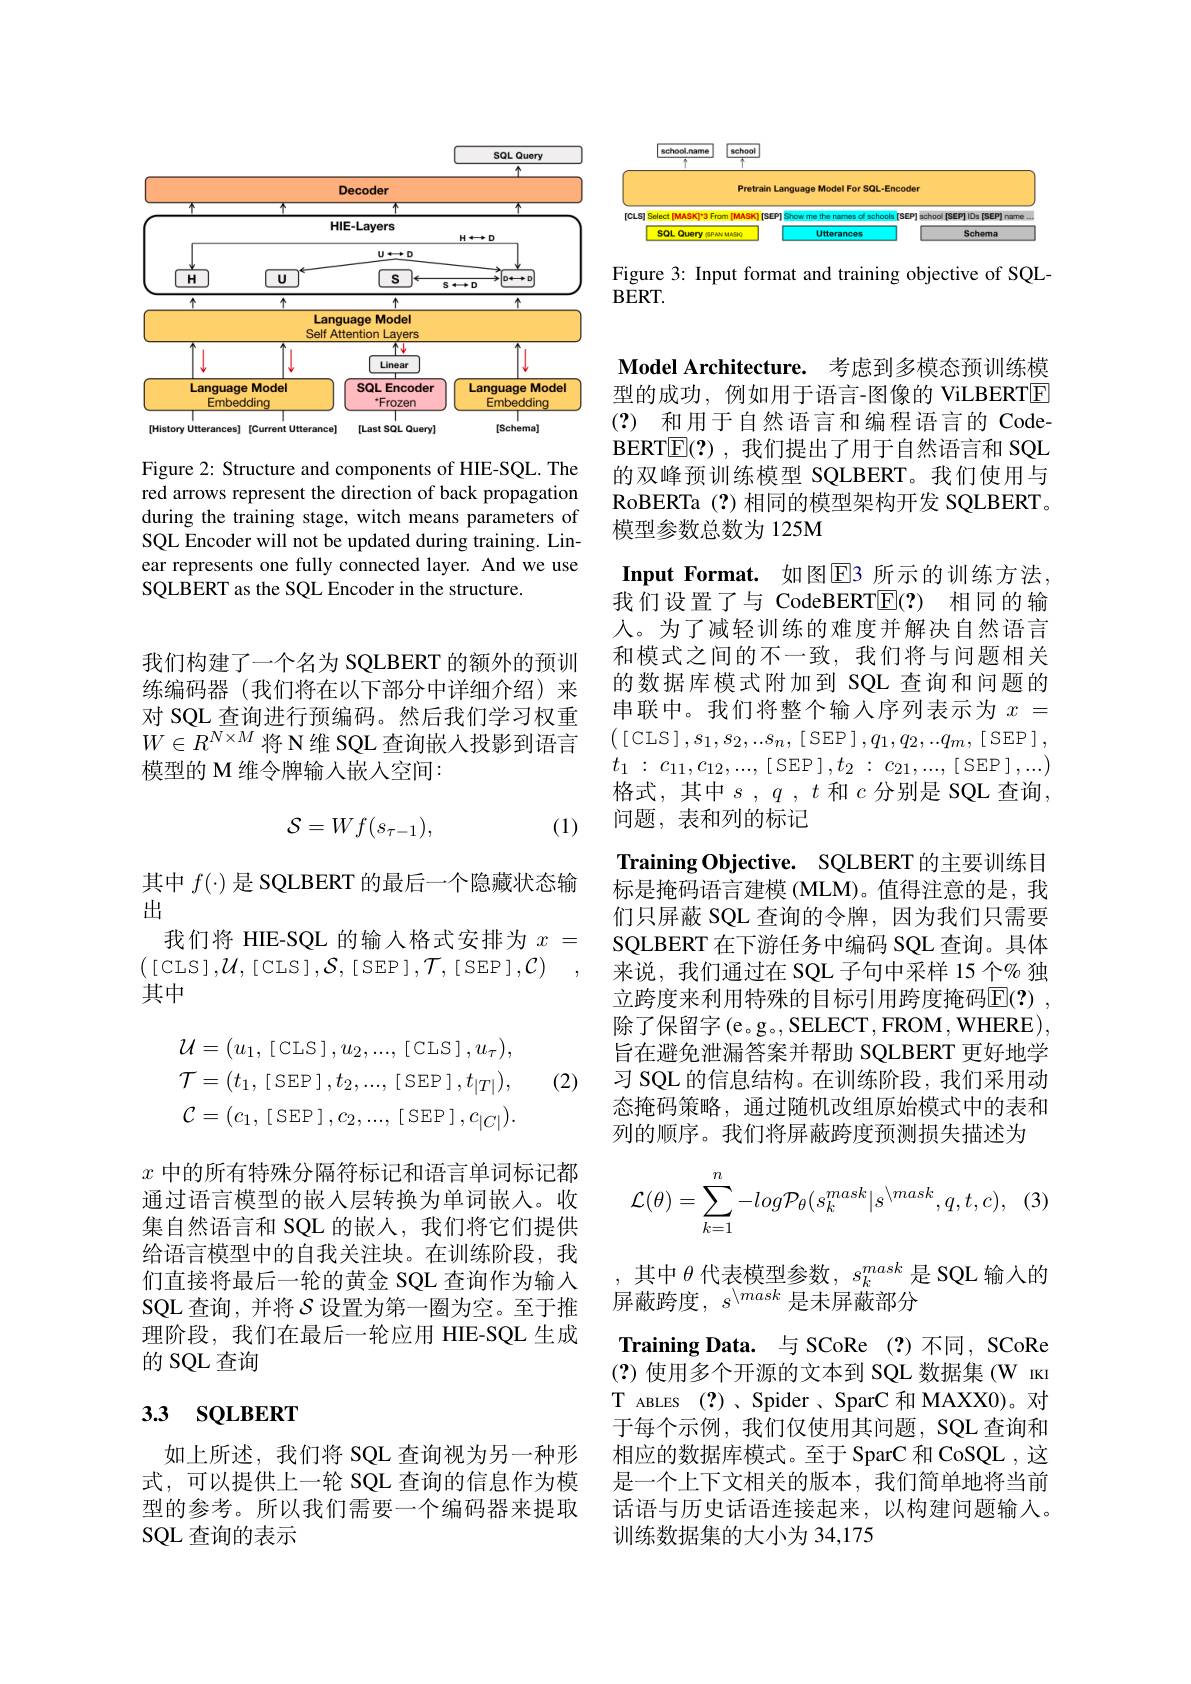
<FigureHere>

Figure 2: Structure and components of HIE-SQL. The red arrows represent the direction of back propagation during the training stage, witch means parameters of SQL Encoder will not be updated during training. Linear represents one fully connected layer. And we use SQLBERT as the SQL Encoder in the structure.

我们构建了一个名为 SQLBERT 的额外的预训练编码器 (我们将在以下部分中详细介绍)来对 SQL 查询进行预编码。然后我们学习权重$W\in R^{N\times M}$将 N维 SQL 查询嵌入投影到语言模型的 M 维令牌输入嵌人空间：

(1)
$$\mathcal{S}=Wf(s_{\tau-1}),$$
其中$f(\cdot)$是 SQLBERT 的最后一个隐藏状态输
出
我们将 HIE-SQL 的输入格式安排为$x=$
$\left([\operatorname{CLS}],\mathcal{U},[\operatorname{CLS}],\mathcal{S},[\operatorname{SEP}],\mathcal{T},[\operatorname{SEP}],\mathcal{C}\right)$
其中

(2)
$$\mathcal{U}=(u_{1},\:[\:\mathrm{CLS}\:],u_{2},...,\:[\:\mathrm{CLS}\:],u_{\tau}),\\\mathcal{T}=(t_{1},\:[\:\mathrm{SEP}\:],t_{2},...,\:[\:\mathrm{SEP}\:],t_{|T|}),\\\mathcal{C}=(c_{1},\:[\:\mathrm{SEP}\:],c_{2},...,\:[\:\mathrm{SEP}\:],c_{|C|}).$$
$x$中的所有特殊分隔符标记和语言单词标记都通过语言模型的嵌入层转换为单词嵌入。收集自然语言和 SQL 的嵌入，我们将它们提供给语言模型中的自我关注块。在训练阶段，我们直接将最后一轮的黄金 SQL 查询作为输入SQL 查询，并将$\mathcal{S}$设置为第一圈为空。至于推理阶段，我们在最后一轮应用 HIE-SQL 生成的 SQL 查询

# 3.3 sQLBERT

如上所述，我们将 SQL 查询视为另一种形式，可以提供上一轮 SQL 查询的信息作为模型的参考。所以我们需要一个编码器来提取SQL 查询的表示

<FigureHere>

Figure 3: Input format and training objective of SQL-
$BERT.$

Model Architecture. 考虑到多模态预训练模型的成功，例如用于语言-图像的 ViLBERTE (?) 和用于自然语言和编程语言的 CodeBERT$\mathbb{E}(?)$ ,我们提出了用于自然语言和 SQL 的双峰预训练模型 SQLBERT。我们使用与RoBERTa (?)相同的模型架构开发 SQLBERT。模型参数总数为 125M

Input Format. 如图E3 所示的训练方法， 我们设置了与 CodeBERT$\mathbb{E} ( ? )$ 相同的输人。为了减轻训练的难度并解决自然语言和模式之间的不一致，我们将与问题相关的数据库模式附加到 SQL 查询和问题的串联中。我们将整个输入序列表示为$x=$ $\left([\mathrm{CLS}],s_{1},s_{2},..s_{n},[\mathrm{SEP}],q_{1},q_{2},..q_{m},[\mathrm{SEP}],\right.$ $t_{1}$ : $c_{11}, c_{12}, . . . $, [ SEP $] , t_{2}$ : $c_{21}, . . . $, [ SEP ] ,...) 格式，其中$s,q,t$ 和$c$ 分别是 SQL 查询， 问题，表和列的标记
Training Objective. SQLBERT 的主要训练目标是掩码语言建模 (MLM)。值得注意的是，我们只屏蔽 SQL 查询的令牌，因为我们只需要SQLBERT 在下游任务中编码 SQL 查询。具体来说，我们通过在 SQL 子句中采样 15 个% 独立跨度来利用特殊的目标引用跨度掩码$\mathbb{E}(?)$ 除了保留字(e。g。,SELECT,FROM,WHERE), 旨在避免泄漏答案并帮助 SQLBERT 更好地学习 SQL 的信息结构。在训练阶段，我们采用动态掩码策略，通过随机改组原始模式中的表和列的顺序。我们将屏蔽跨度预测损失描述为
$$\mathcal{L}(\theta)=\sum_{k=1}^n-log\mathcal{P}_\theta(s_k^{mask}|s^{\setminus mask},q,t,c),$$
其中$\theta$代表模型参数，$s_k^{mask}$是 SQL 输入的
屏蔽跨度$,s^\backslash mask$ 是未屏蔽部分
Training Data. 与 SCoRe (?)不同，SCoRe (?)使用多个开源的文本到 SQL 数据集 (W IкI T ABLES (?)、Spider、SparC 和 MAXX0)。对于每个示例，我们仅使用其问题，SQL 查询和相应的数据库模式。至于 SparC 和 CoSQL , 这是一个上下文相关的版本，我们简单地将当前话语与历史话语连接起来，以构建问题输入。训练数据集的大小为 34,175